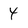
Character: 4